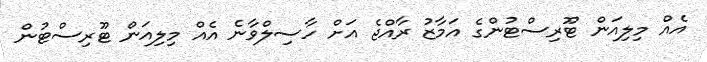
އެއް މިލިއަން ޓޫރިސްޓުންގެ އަމާޒު ރާއްޖެ އަށް ހާސިލްވާނެ އެއް މިލިއަން ޓޫރިސްޓުން